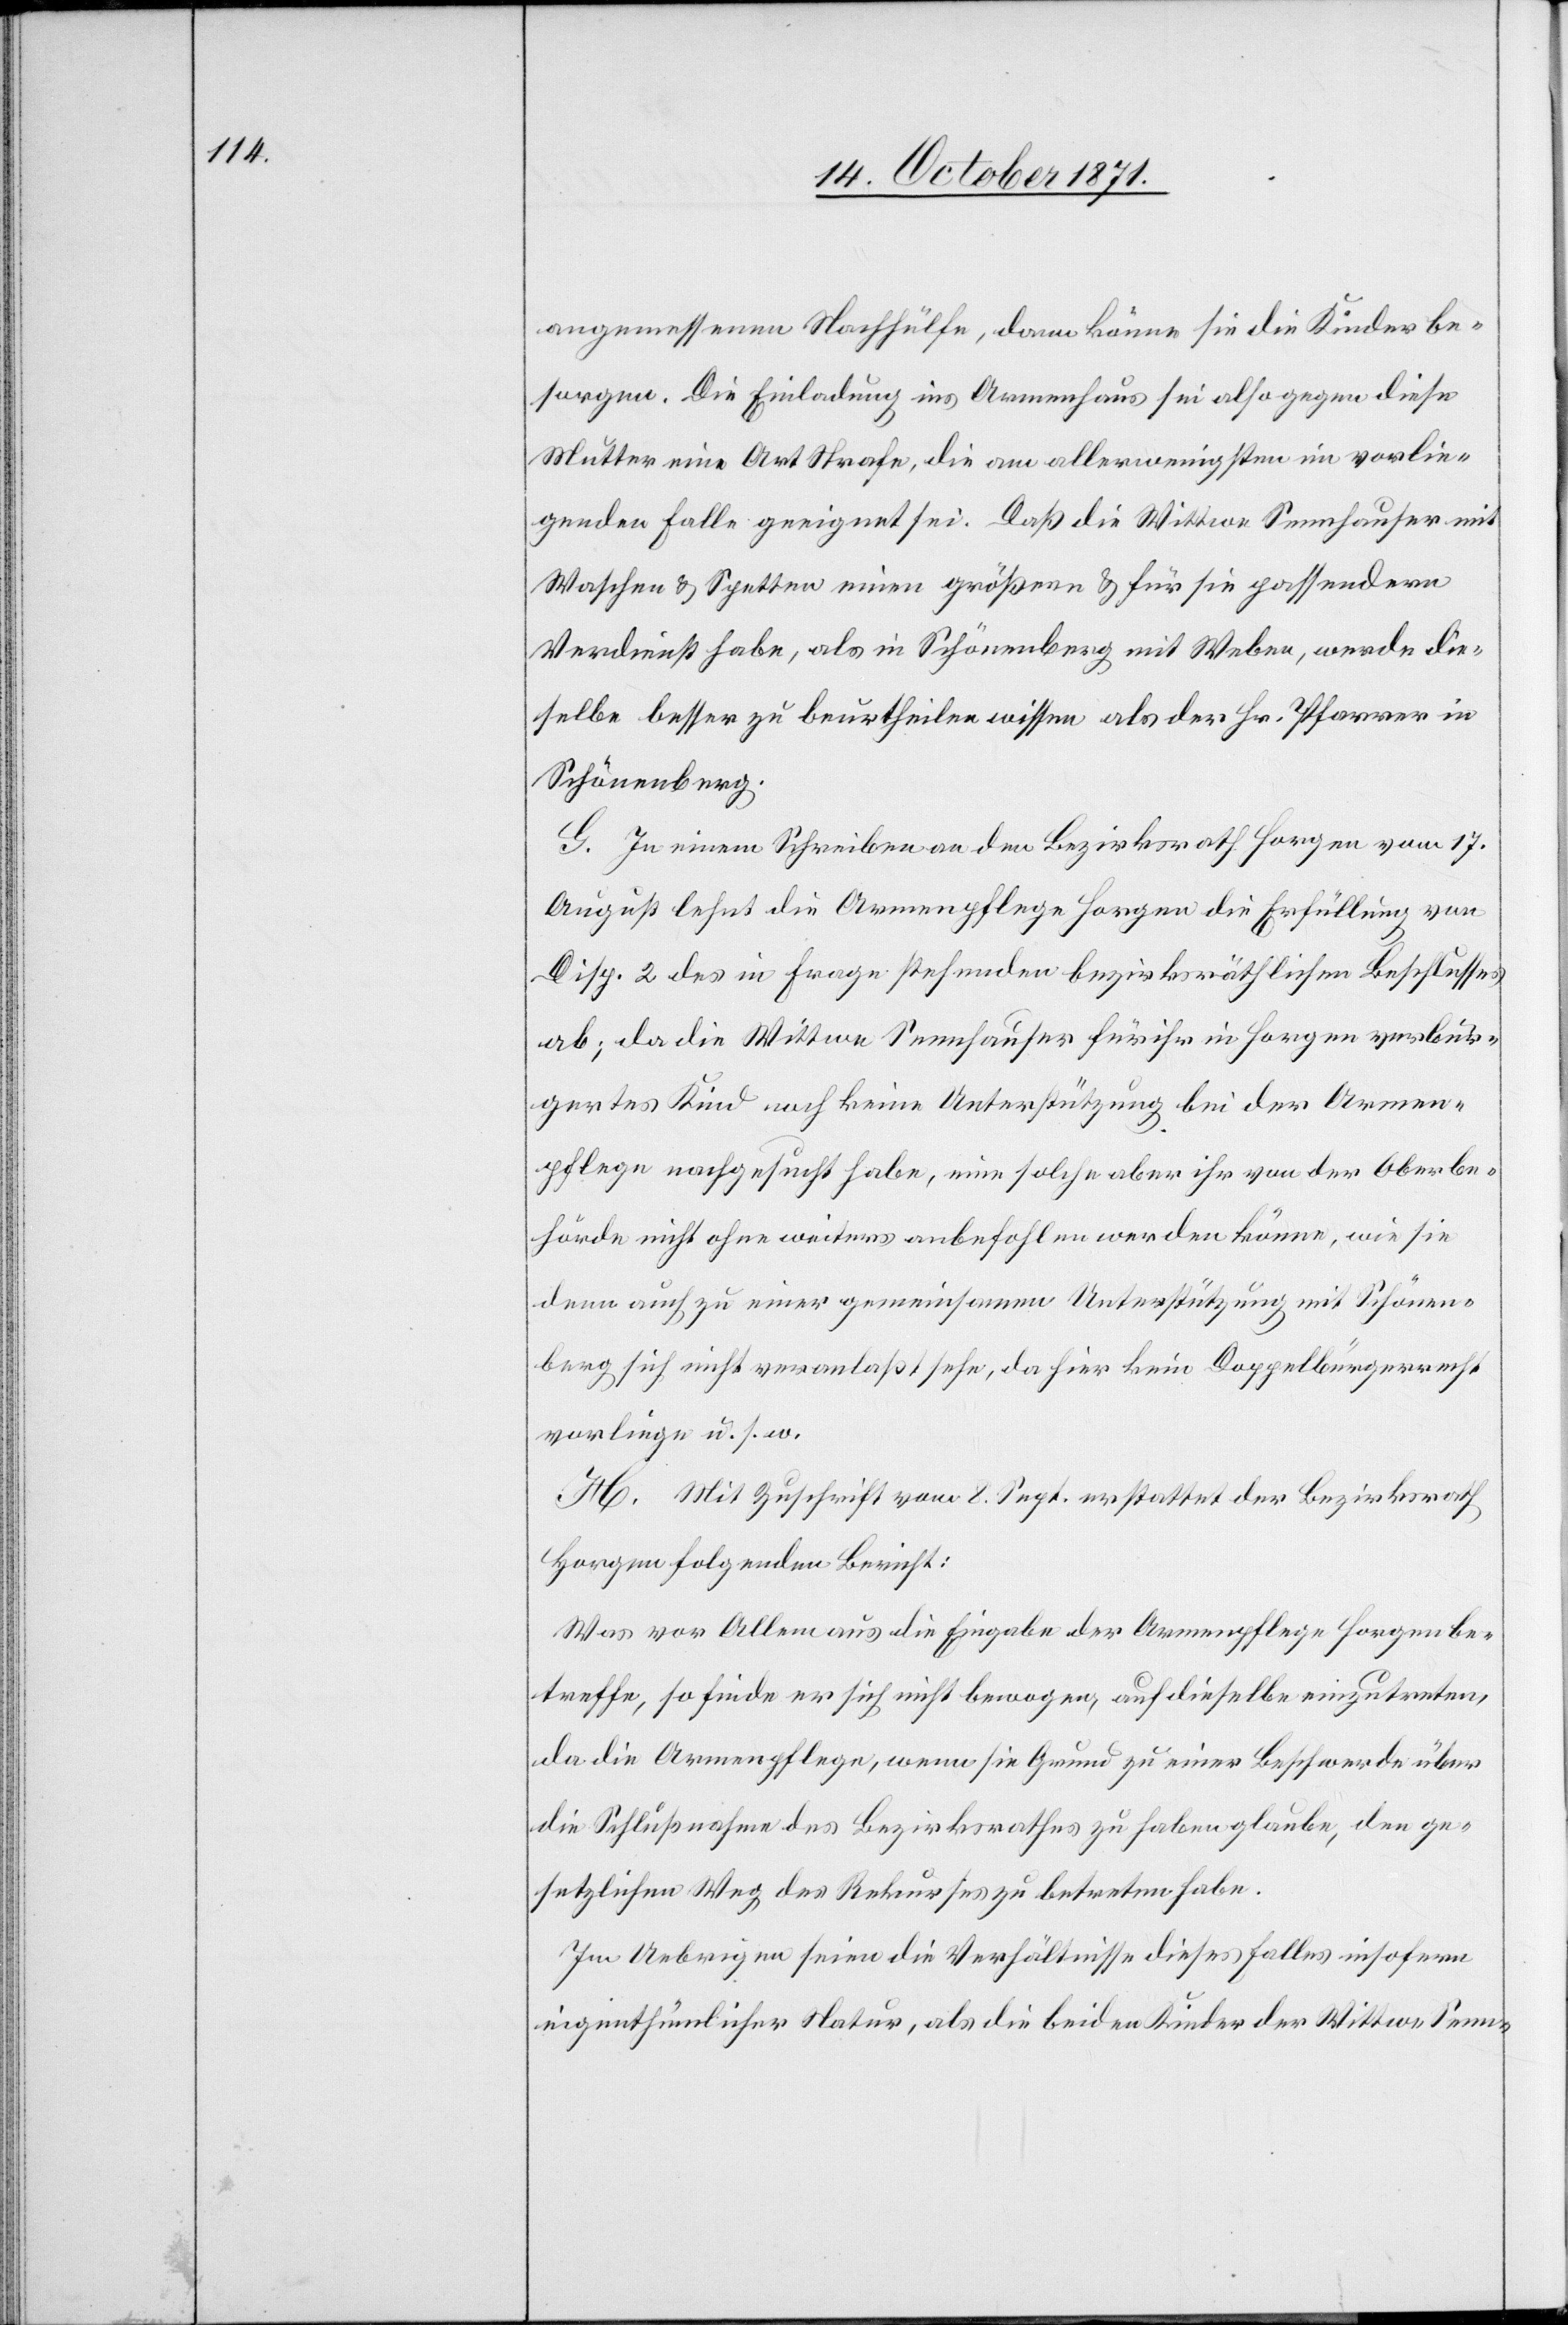
angemessenen Nachhülfe, dann könne sie die Kinder be¬
sorgen. Die Einladung ins Armenhaus sei also gegen diese
Mutter eine Art Strafe, die am allerwenigsten in vorlie¬
gendem Falle geeignet sei. Daß die Wittwe Sennhauser mit
Waschen & Spetten einen größern & für sie passendern
Verdienst habe, als in Schönenberg mit Weben, werde die¬
selbe besser zu beurtheilen wissen als der Hr. Pfarrer in
Schönenberg.
G. In einem Schreiben an den Bezirksrath Horgen vom 17.
August lehnt die Armenpflege Horgen die Erfüllung von
Disp. 2 des in Frage stehenden bezirksräthlichen Beschlusses
ab; da die Wittwe Sennhauser für ihr in Horgen verbür¬
gertes Kind noch keine Unterstützung bei der Armen¬
pflege nachgesucht habe, eine solche aber ihr von der Oberbe¬
hörde nicht ohne weiteres anbefohlen werden könne, wie sie
denn auch zu einer gemeinsamen Unterstützung mit Schönen¬
berg sich nicht veranlaßt sehe, da hier kein Doppelbürgerrecht
vorliege u. s. w.
H. Mit Zuschrift vom 8. Sept. erstattet der Bezirksrath
Horgen folgenden Bericht:
Was vor Allem aus die Eingabe der Armenpflege Horgen be¬
treffe, so finde er sich nicht bewogen, auf dieselbe einzutreten,
da die Armenpflege, wenn sie Grund zu einer Beschwerde über
die Schlußnahme des Bezirksrathes zu haben glaube, den ge¬
setzlichen Weg des Rekurses zu betreten habe.
Im Uebrigen seien die Verhältnisse dieses Falles insofern
eigenthümlicher Natur, als die beiden Kinder der Wittwe Senn-